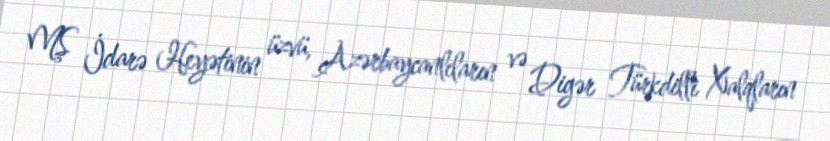
MŞ İdarə Heyətinin üzvü, Azərbaycanlıların və Digər Türkdilli Xalqların